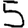
Digit: 5